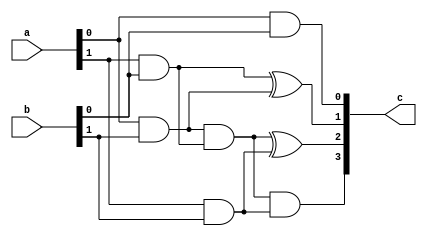
// This program was cloned from: https://github.com/erihsu/INT_FP_MAC
// License: MIT License

module mul2x2(
	input  [1:0] a,
	input  [1:0] b,
	output [3:0] c
	);

	wire [3:0] tmp;
	
	assign tmp[0] = a[0] & b[0];
	assign tmp[1] = (a[1]&b[0]) ^ (a[0]&b[1]);
	assign tmp[2] = (a[0]&b[1]) & (a[1]&b[0]) ^ (a[1]&b[1]);
	assign tmp[3] = (a[0]&b[1]) & (a[1]&b[0]) & (a[1]&b[1]);
	assign c 	  = {tmp[3],tmp[2],tmp[1],tmp[0]};

endmodule